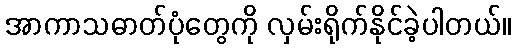
အာကာသဓာတ်ပုံတွေကို လှမ်းရိုက်နိုင်ခဲ့ပါတယ်။